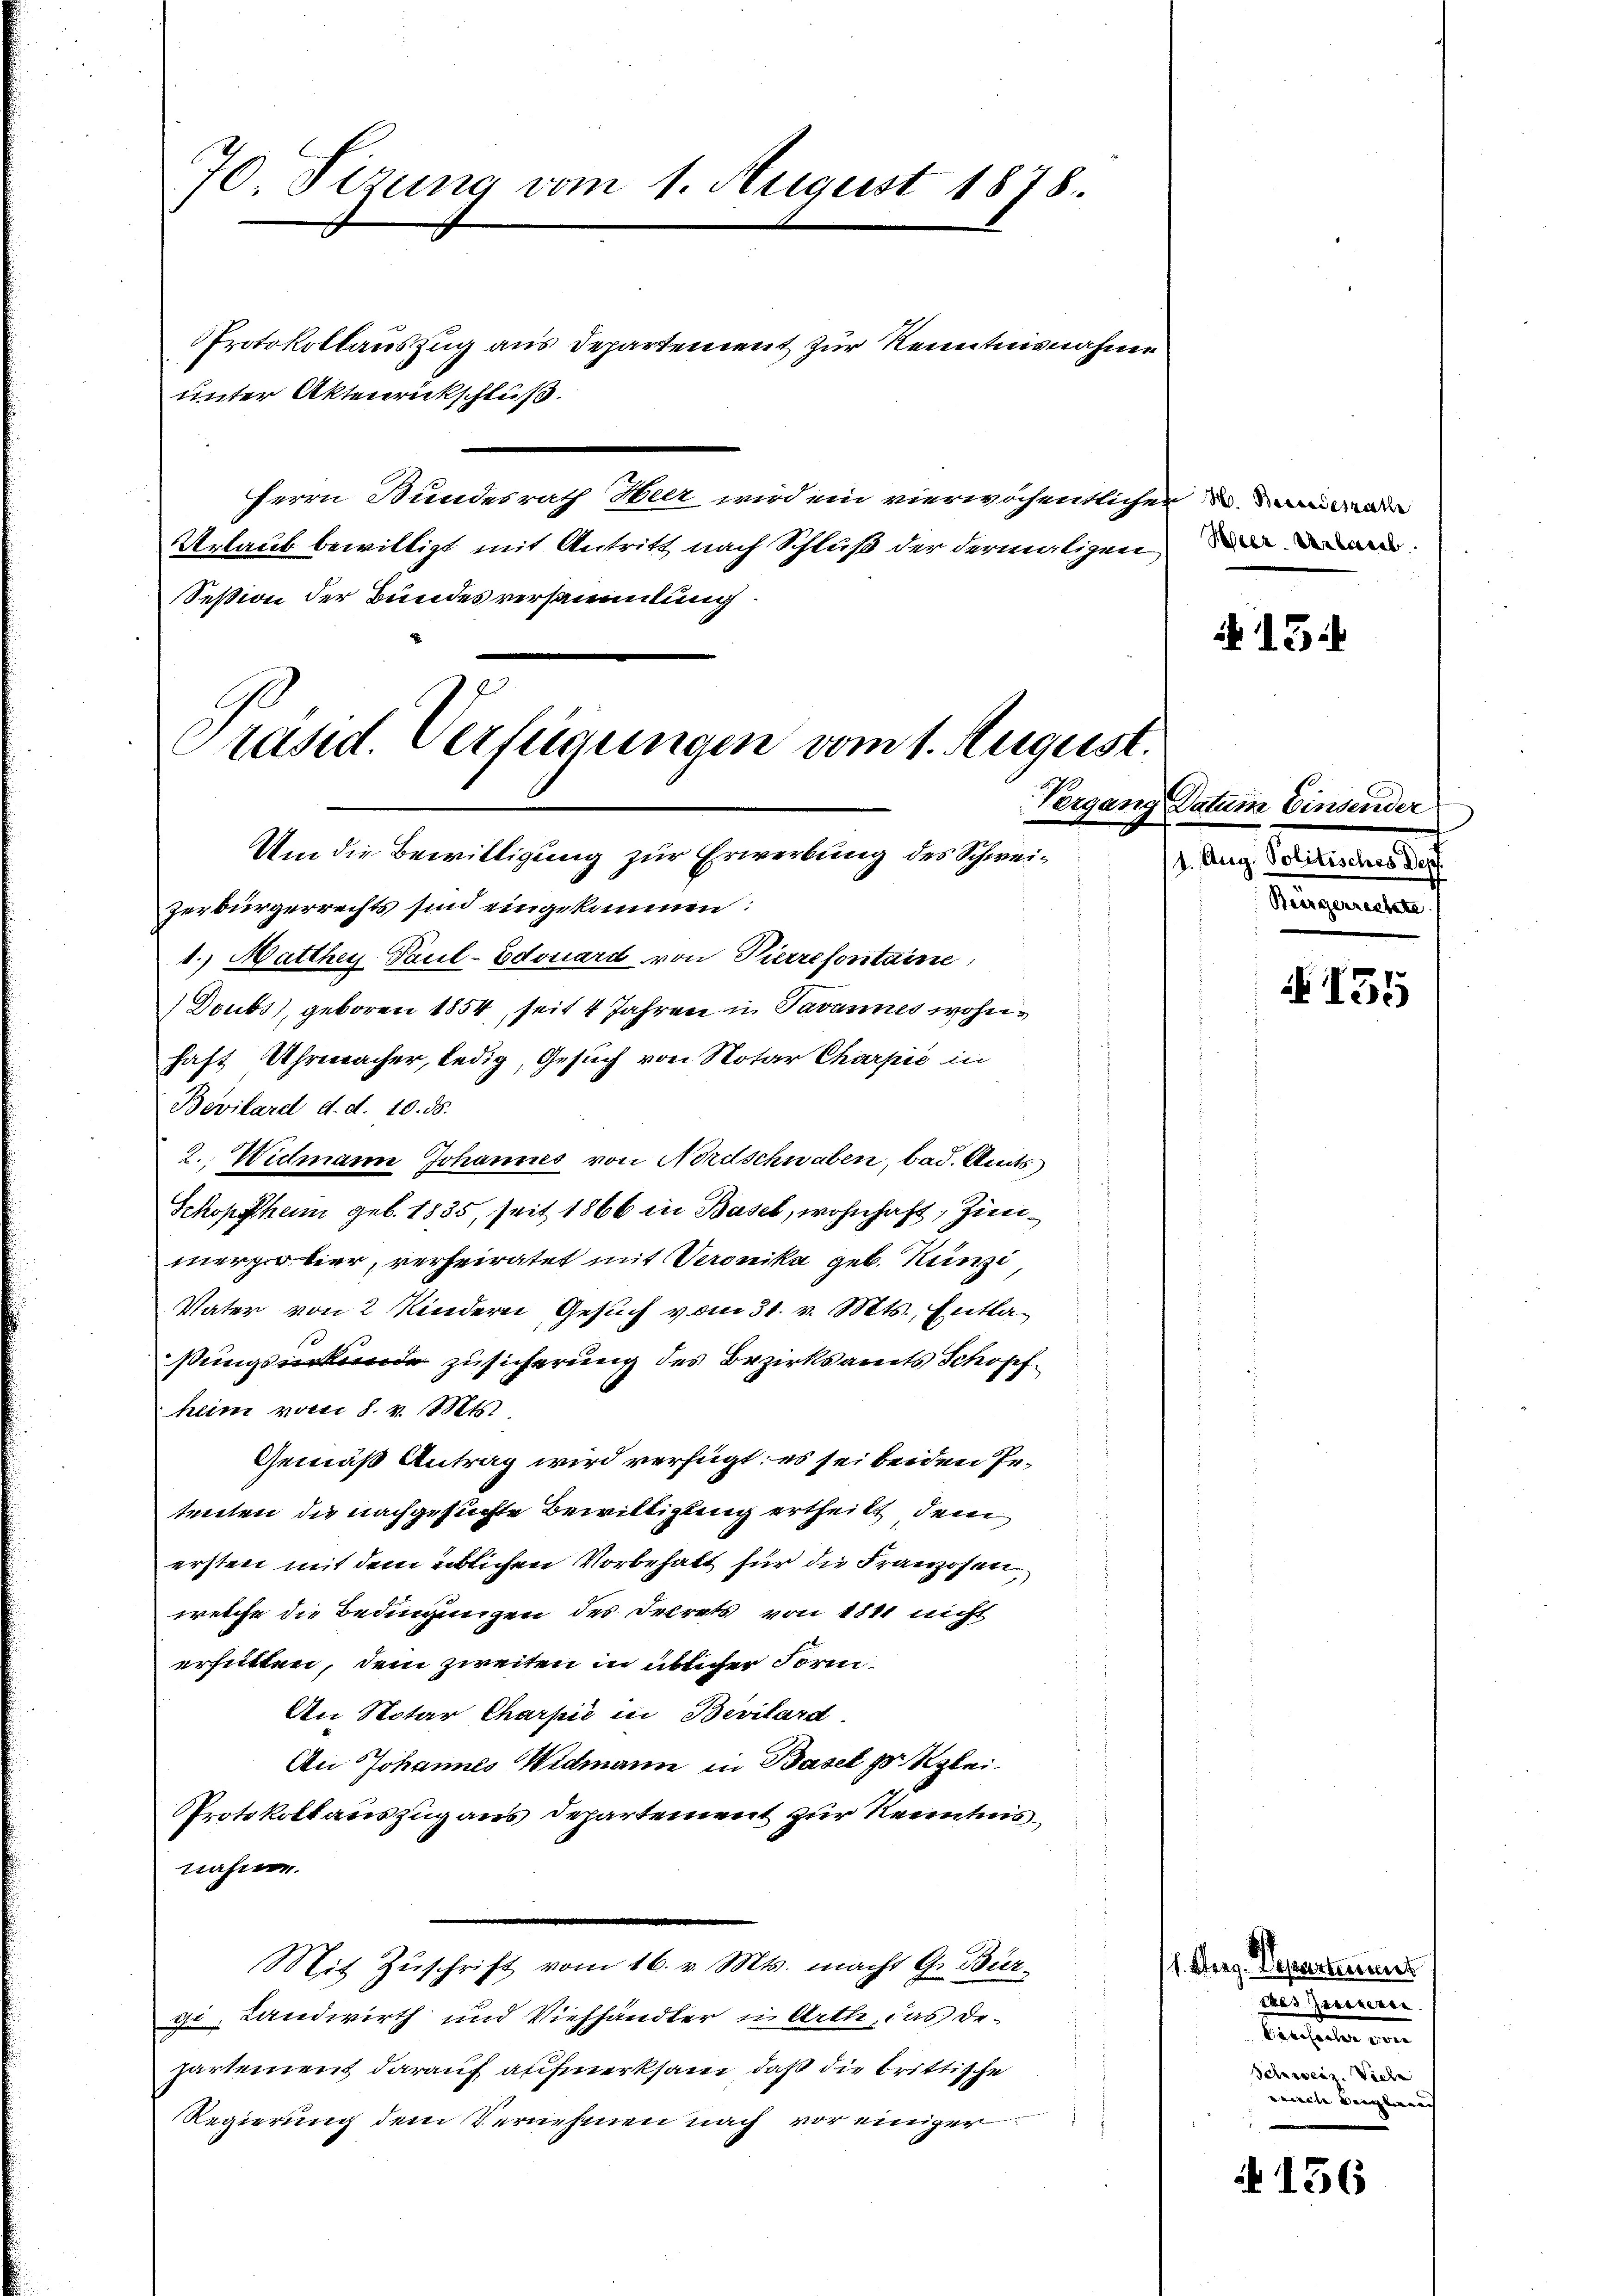
70. Sizung vom 1. August 1878.

unter Aktenrickschluß.

Protokollauszug aus Departement zur Kenntnisnahme
Herrn Stundesrath Heer wird ein vierwöchentlichen W. angede

Präsid. Verfügungen vom 1. August.

Um die Bewilligung zur Erwerbung des Schweizerbürgerrechts sind eingekommen:
1. Matthey Paul-Edouard von Pierrefontaine
Doubs), geboren 1854, seit 4 Jahren in Pavannes wohnhaft Uhrmacher, ledig, Gesuch von Notar Charpić in
Bevilard d. d. 10. ds.
2. Widmann Johannes von Nordschwaben, bad. Amts
Schopfheim geb. 1835, seit 1866 in Basel, wohnhaft, Zinmerprobier, verheiratet mit Veronika geb. Hunzi
Vater von 2 Kindern Gesuch vom 31. v. Mts., Entlaßungsurkunde zusicherung des Bezirksaments Schopf
heim vom 8. v. Mts.
Gemäß Antrag wird verfügt: es sei beiden Petenten die nachgesuchte Bewilligung ertheilt, dem
ersten mit dem üblichen Vorbehalt für die Franzosen,
welche die Bedingungen des Dekrets von 1811 nicht
erhütten, dem zweiten in üblicher Form
An Notar Charpić in Bevilard.
An Johannes Widmann in Basel pr Klei¬
Protokoll auszug aus Departement zur Kenntnisnahme.
Mit Zŭschrift vom 16. v. Mts. macht G. Bier-
gi. Landwirth und Viehhändler in Arth, das Departement darauf aufmerksam, daß die brittische
Regierung dem Vernehmen nach vor einiger

Urlaub bewilligt mit Antritt nach Schluß der dermaligen
Seßion der Bundesversammlung.

Heer. Verbrec

13.

Vergang Datum Einsender
1. Aug. Politisches Dep
Bürgerrechte

136

155

11. Aug. Departemens
Saas Pariserin
Berechen
Schweiz. Viele
veile dergleich |